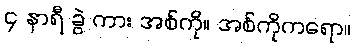
၄ နာရီ ခွဲ ကား အစ်ကို။ အစ်ကိုကရော။